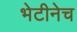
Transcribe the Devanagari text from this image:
भेटीनेच